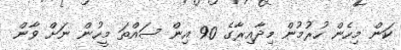
ކަން މިހެން ހުރުމުން މިދާއިރާގެ 90 އިން ސައްތަ މީހުން ނަށް ވާން